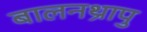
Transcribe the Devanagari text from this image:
बालनथ्रापु